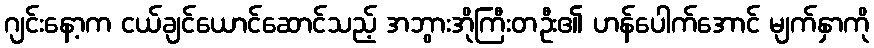
ဂျင်းနော့က ငယ်ချင်ယောင်ဆောင်သည့် အဘွားအိုကြီးတဦး၏ ဟန်ပေါက်အောင် မျက်နှာကို